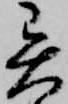
異